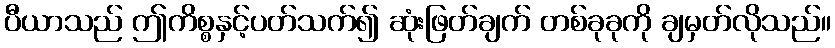
ပီယာသည် ဤကိစ္စနှင့်ပတ်သက်၍ ဆုံးဖြတ်ချက် တစ်ခုခုကို ချမှတ်လိုသည်။